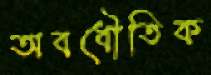
অবধৌতিক